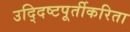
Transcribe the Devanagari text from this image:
उद्‍दिष्टपूर्तीकरिता